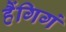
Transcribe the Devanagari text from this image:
हैंगिगं